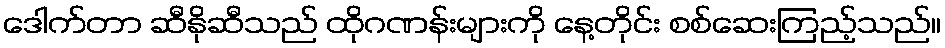
ဒေါက်တာ ဆီနိုဆီသည် ထိုဂဏန်းများကို နေ့တိုင်း စစ်ဆေးကြည့်သည်။